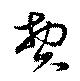
費